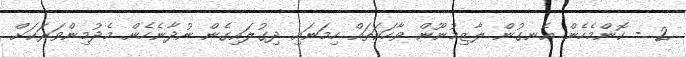
2 - ކޮންމެހެން އެނގުން ލާޒިމުނޫން ވާހަކަތައް ހިމަނައި ދިގުލައިގެން ނުދާނެހެން މެދުމިންވަރަކަށް